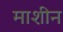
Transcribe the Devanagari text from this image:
माशीन